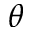
\theta